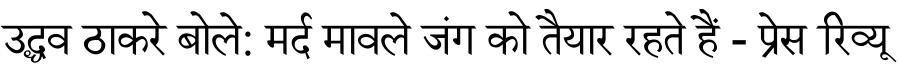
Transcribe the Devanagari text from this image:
उद्धव ठाकरे बोले: मर्द मावले जंग को तैयार रहते हैं - प्रेस रिव्यू